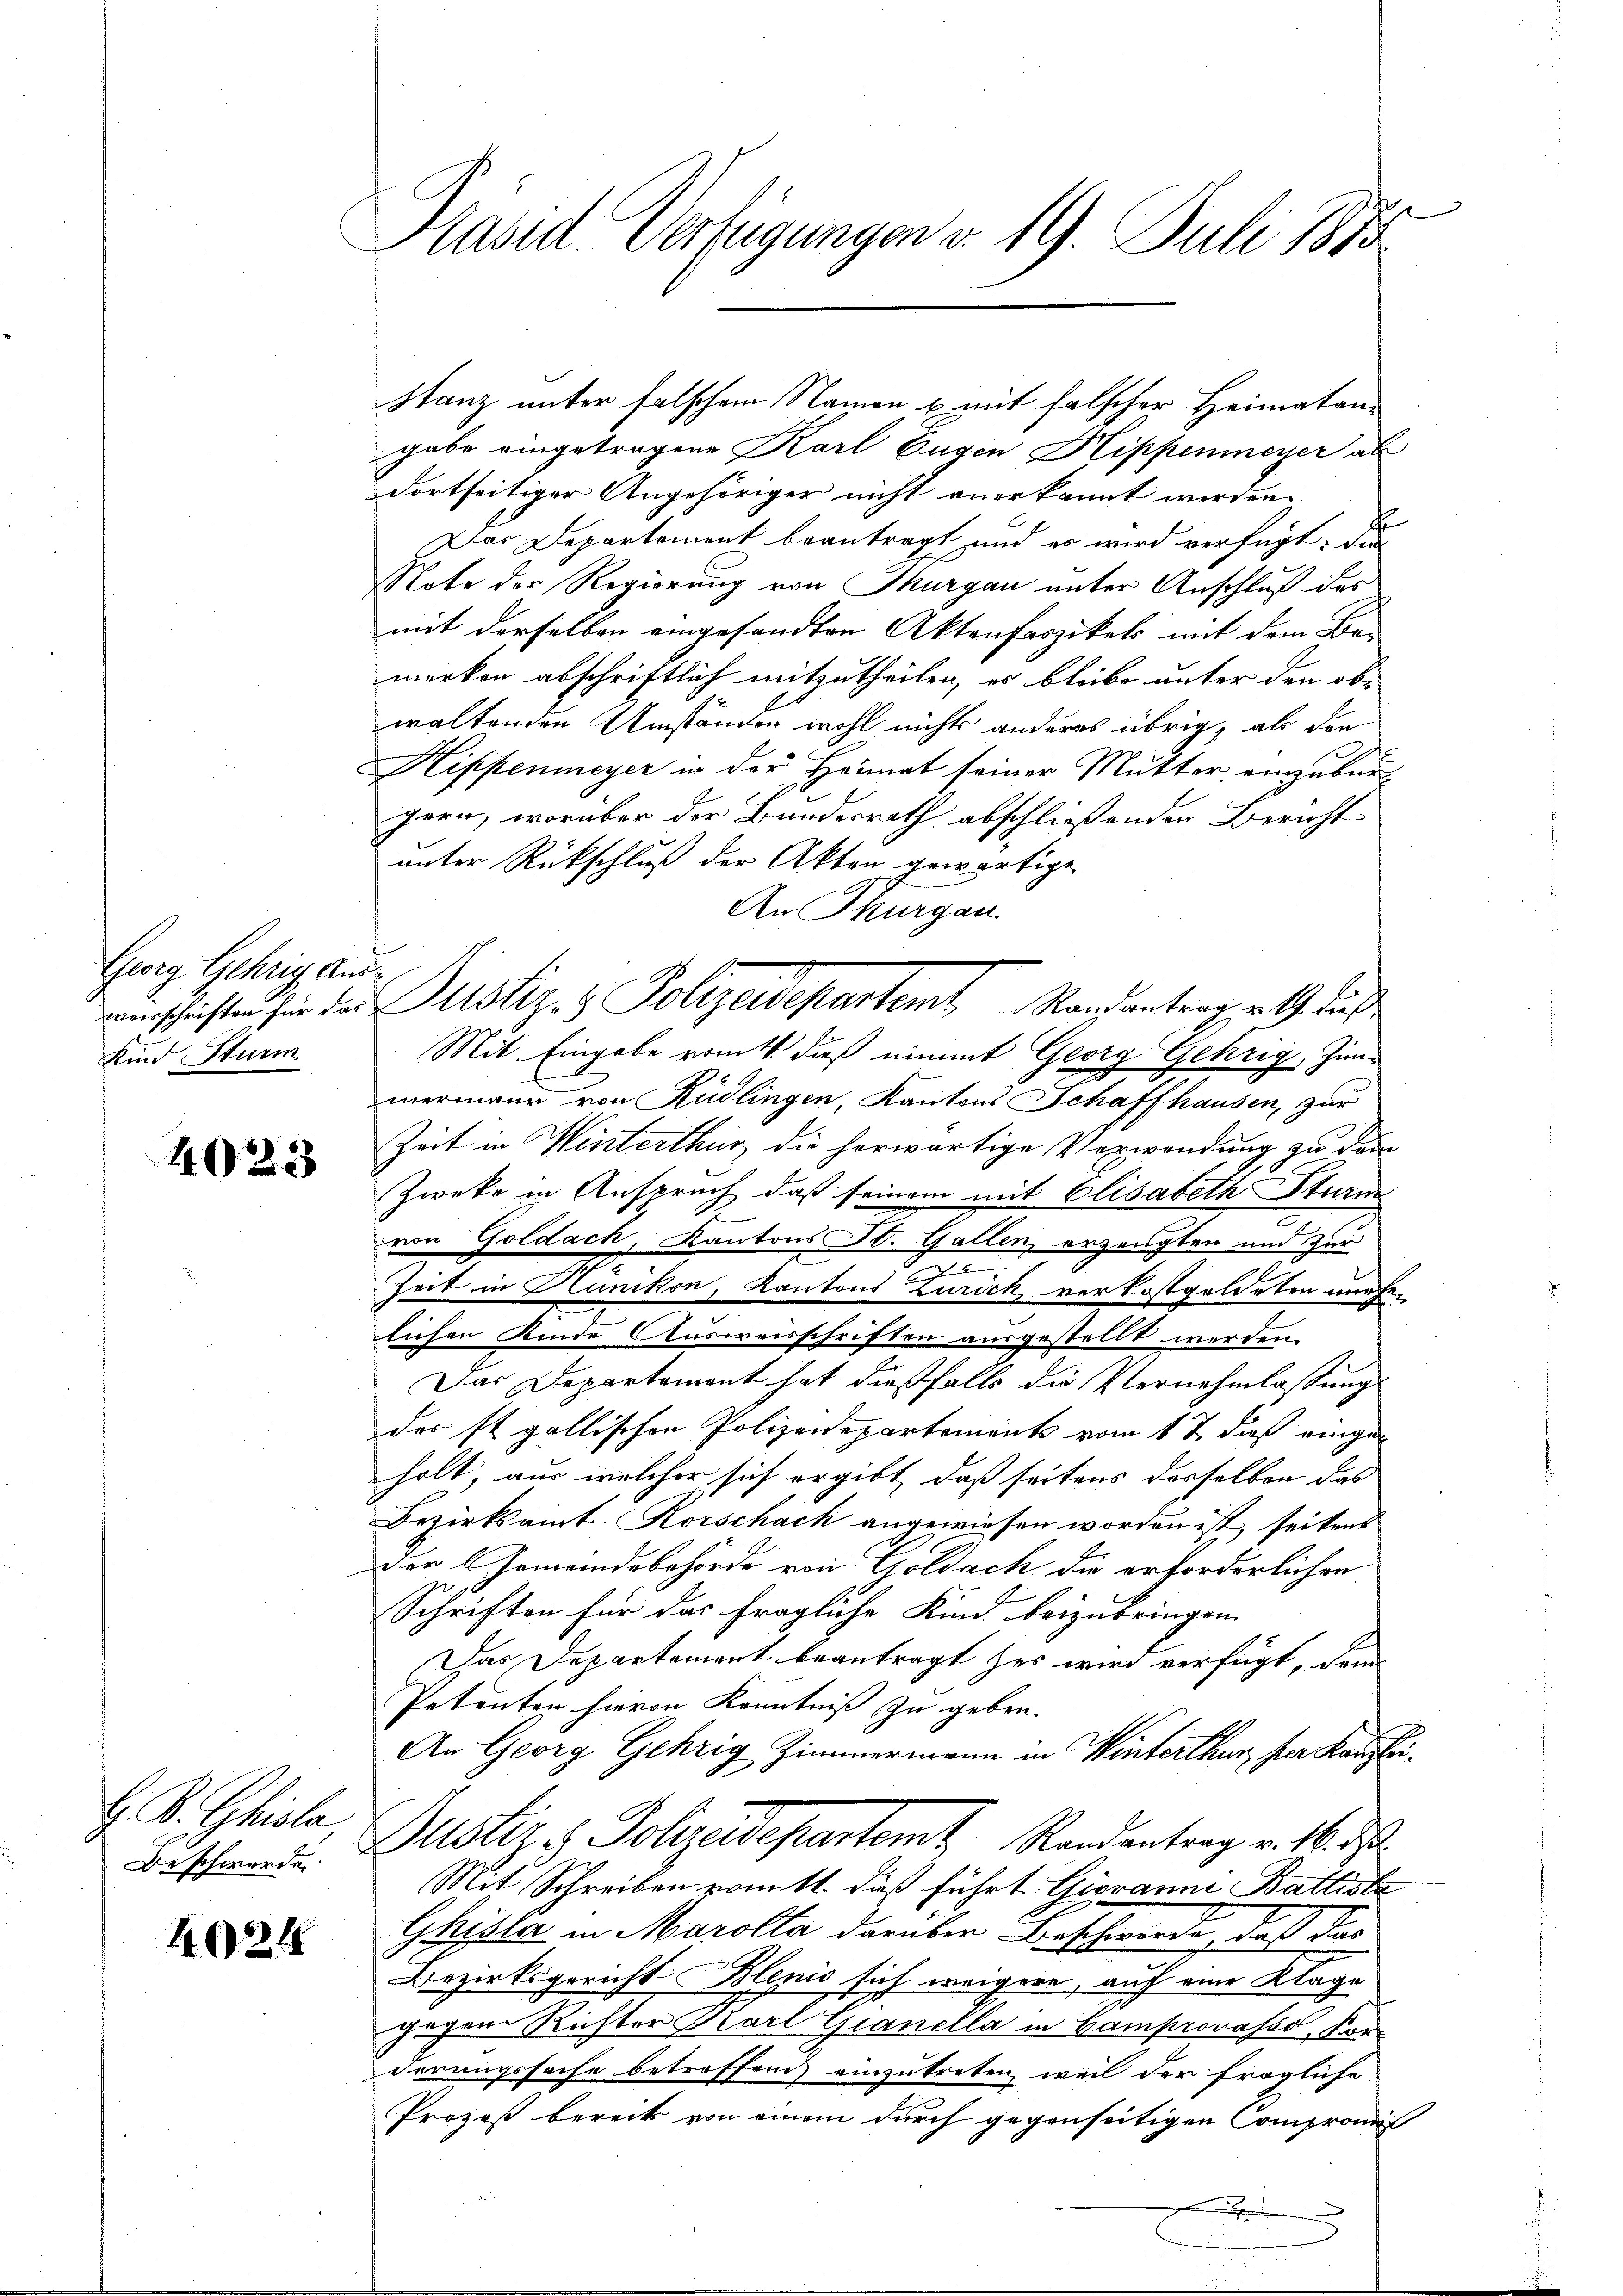
Georg Gehrig, Aus¬
Kind Sturm

40223

H. B. Ghiola,
De schwerde

4021

Präsid Verfügungen v. 19. Juli 1873

gabe eingetragene Karl Eugen Hippenmeyer ab
dortseitiger Angehöriger nicht anerkannt werden.
s
Der Departement beantragt und es wird verfügt: die
Note der Regierung von Thurgau unter Anschluß des
mit derselben eingesandten Aktenfaszikels mit dem Be-
merken abschriftlich mitzutheilen, es bleibe unter den obwaltenden Umständen wohl nichts anderes übrig, als den
Hippenmeyer in der Heimat seiner Mutter, einzubürzern, worüber der Bundesrath abschließenden Bericht
unter Rückschluß der Akten gewärtige
An Thurgau.
Mit Eingabe vom 4. dieß nimmt Georg Gehrig, Zimmermann von Rüdlingen, Kantons Schaffhausen, zur
Zeit in Winterthur die herwärtige Verwendung zu dann
Zweke in Anspruch, daß seinem mit Elisabeth Sturm
von Goldach, Kantons St. Gallen erzeugten und zur
de
Zeit in Hünikon, Kantons Zürich verkostgeldeten unehe-
lichen Kinde Ausweisschriften ausgestellt werden.
Das Departement hat dießfalls die Vernehmlassung
des st. gallischen Polizeidepartements vom 1 t dieß eingen
holt, aus welcher sich ergibt, daß seitens desselben das
Bezirksamt. Rorschach angewiesen worden ist, seitens
Der Gemeindsbehörde von Goldach die erforderlichen
Schriften für das fragliche Kind beizubringen.
Das Departement beantragt zur wird verfügt, dem
Petenton hievon Kenntniß zu geben.
An Georg Gehrig Zimmermann in Winterthur, per Kanzli¬
Puster & Polizeidepartemt Randantrag v. 16. ds.
Mit Schreiben vom 11. dieß führt. Giovanna Balliste
Ghisla in Marolta darüber Beschwerde, daß das
Bezirksgericht Blenio sich weigere, auf eine Klage
gegene Richter Karl Gianella in Camprovasso, Konderungssache betreffend einzutreten, weil der fragliche
Prozeß bereits von einem durch gegenseitigen Compromis
.

Htanz unter falschem Namen u. mit falscher Heimatan-

mschriften für der Sistiz- & Polizeidepartemt Randantraget, daß